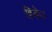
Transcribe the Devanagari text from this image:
हिडेउ